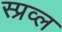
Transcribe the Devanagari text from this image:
स्प्रव्ल